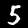
Label: 5